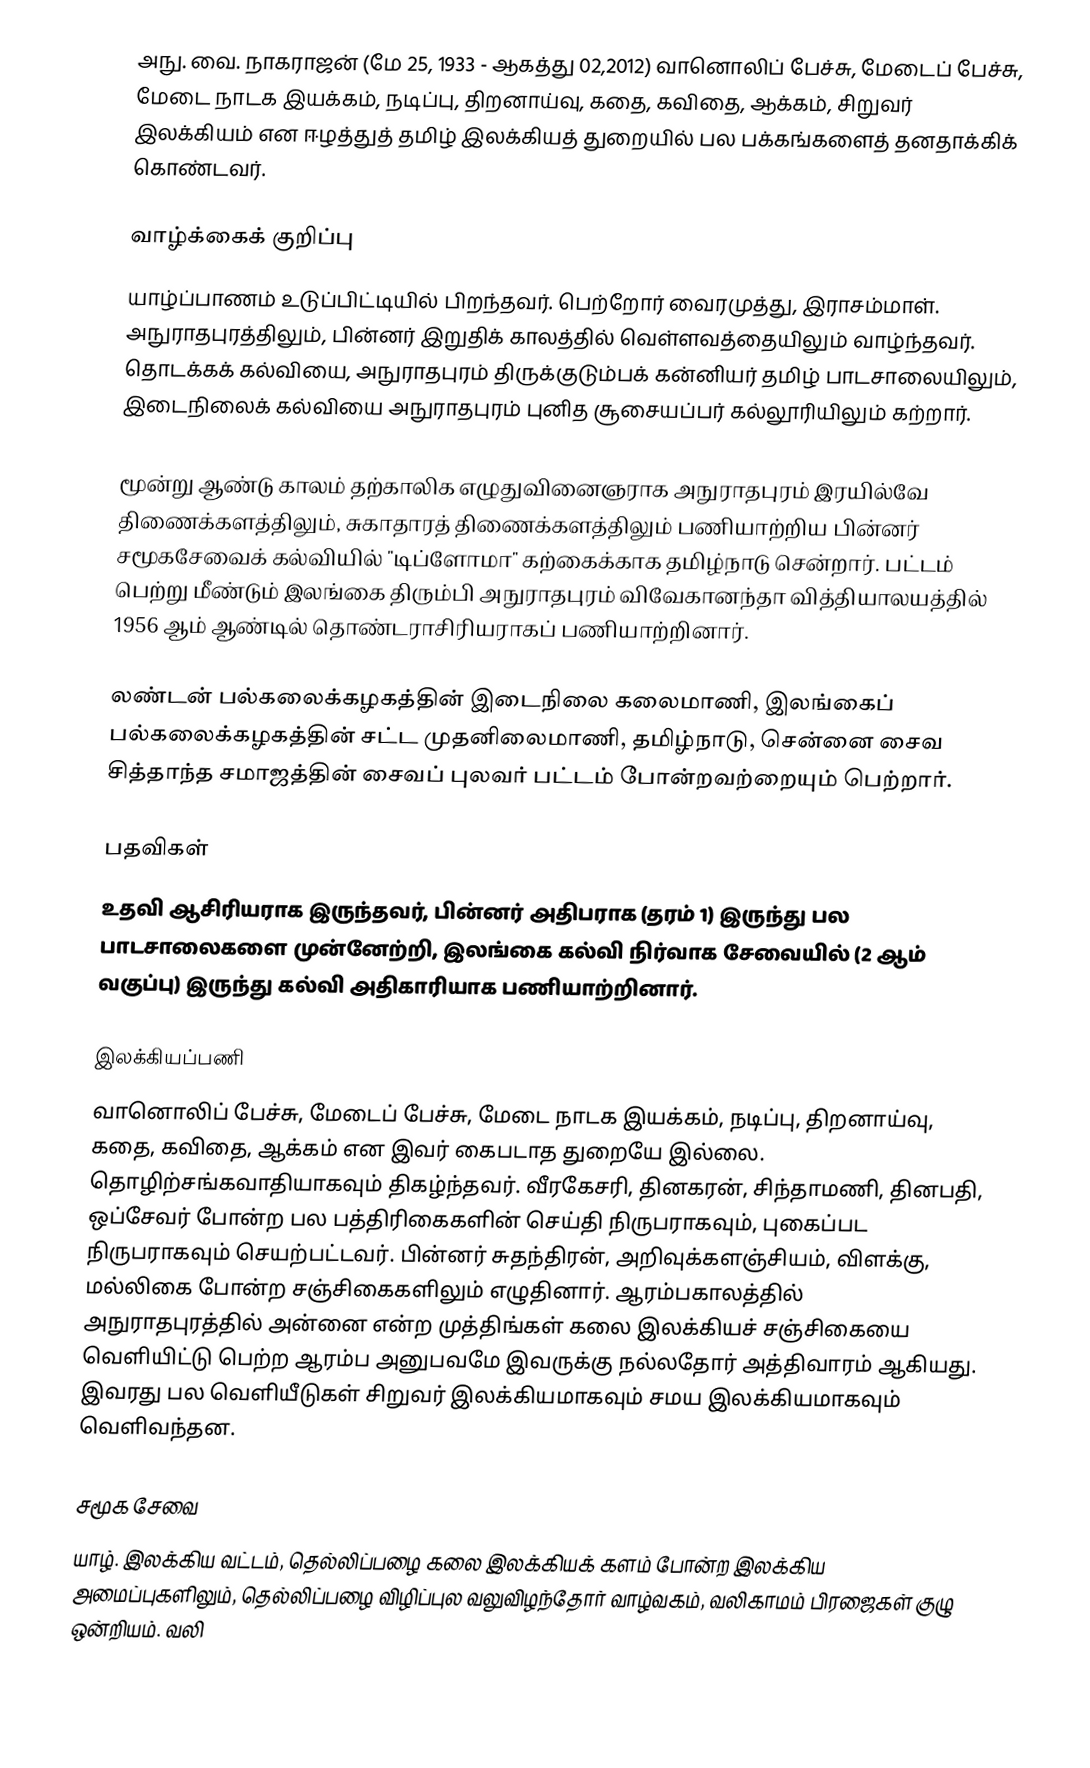
அநு. வை. நாகராஜன் (மே 25, 1933 - ஆகத்து 02,2012) வானொலிப் பேச்சு, மேடைப் பேச்சு, மேடை நாடக இயக்கம், நடிப்பு, திறனாய்வு, கதை, கவிதை, ஆக்கம், சிறுவர் இலக்கியம் என ஈழத்துத் தமிழ் இலக்கியத் துறையில் பல பக்கங்களைத் தனதாக்கிக் கொண்டவர்.

வாழ்க்கைக் குறிப்பு
யாழ்ப்பாணம் உடுப்பிட்டியில் பிறந்தவர். பெற்றோர் வைரமுத்து, இராசம்மாள். அநுராதபுரத்திலும், பின்னர் இறுதிக் காலத்தில் வெள்ளவத்தையிலும் வாழ்ந்தவர். தொடக்கக் கல்வியை, அநுராதபுரம் திருக்குடும்பக் கன்னியர் தமிழ் பாடசாலையிலும், இடைநிலைக் கல்வியை அநுராதபுரம் புனித சூசையப்பர் கல்லூரியிலும் கற்றார்.

மூன்று ஆண்டு காலம் தற்காலிக எழுதுவினைஞராக அநுராதபுரம் இரயில்வே திணைக்களத்திலும், சுகாதாரத் திணைக்களத்திலும் பணியாற்றிய பின்னர் சமூகசேவைக் கல்வியில் "டிப்ளோமா" கற்கைக்காக தமிழ்நாடு சென்றார். பட்டம் பெற்று மீண்டும் இலங்கை திரும்பி அநுராதபுரம் விவேகானந்தா வித்தியாலயத்தில் 1956 ஆம் ஆண்டில் தொண்டராசிரியராகப் பணியாற்றினார்.

லண்டன் பல்கலைக்கழகத்தின் இடைநிலை கலைமாணி, இலங்கைப் பல்கலைக்கழகத்தின் சட்ட முதனிலைமாணி, தமிழ்நாடு, சென்னை சைவ சித்தாந்த சமாஜத்தின் சைவப் புலவர் பட்டம் போன்றவற்றையும் பெற்றார்.

பதவிகள்
உதவி ஆசிரியராக இருந்தவர், பின்னர் அதிபராக (தரம் 1) இருந்து பல பாடசாலைகளை முன்னேற்றி, இலங்கை கல்வி நிர்வாக சேவையில் (2 ஆம் வகுப்பு) இருந்து கல்வி அதிகாரியாக பணியாற்றினார்.

இலக்கியப்பணி
வானொலிப் பேச்சு, மேடைப் பேச்சு, மேடை நாடக இயக்கம், நடிப்பு, திறனாய்வு, கதை, கவிதை, ஆக்கம் என இவர் கைபடாத துறையே இல்லை. தொழிற்சங்கவாதியாகவும் திகழ்ந்தவர். வீரகேசரி, தினகரன், சிந்தாமணி, தினபதி, ஒப்சேவர் போன்ற பல பத்திரிகைகளின் செய்தி நிருபராகவும், புகைப்பட நிருபராகவும் செயற்பட்டவர். பின்னர் சுதந்திரன், அறிவுக்களஞ்சியம், விளக்கு, மல்லிகை போன்ற சஞ்சிகைகளிலும் எழுதினார். ஆரம்பகாலத்தில் அநுராதபுரத்தில் அன்னை என்ற முத்திங்கள் கலை இலக்கியச் சஞ்சிகையை வெளியிட்டு பெற்ற ஆரம்ப அனுபவமே இவருக்கு நல்லதோர் அத்திவாரம் ஆகியது. இவரது பல வெளியீடுகள் சிறுவர் இலக்கியமாகவும் சமய இலக்கியமாகவும் வெளிவந்தன.

சமூக சேவை
யாழ். இலக்கிய வட்டம், தெல்லிப்பழை கலை இலக்கியக் களம் போன்ற இலக்கிய அமைப்புகளிலும், தெல்லிப்பழை விழிப்புல வலுவிழந்தோர் வாழ்வகம், வலிகாமம் பிரஜைகள் குழு ஒன்றியம். வலி